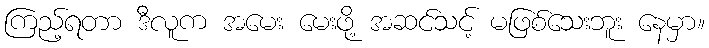
ကြည့်ရတာ ဒီလူက အမေး မေးဖို့ အဆင်သင့် မဖြစ်သေးဘူး နေမှာ။